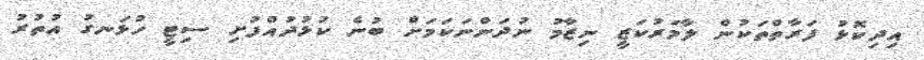
އިދިކޮޅު ފަރާތްތަކުން ލާމަރުކަޒީ ނިޒާމު ނުދަންނަކަމަށް ބުނެ ކުޅުދުއްފުށި ސިޓީ ހުޅަނގު އުތުރު